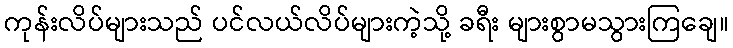
ကုန်းလိပ်များသည် ပင်လယ်လိပ်များကဲ့သို့ ခရီး များစွာမသွားကြချေ။